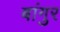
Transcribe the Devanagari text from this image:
बांगुर